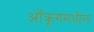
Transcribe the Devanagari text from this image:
ऑक्रूगमधील